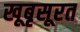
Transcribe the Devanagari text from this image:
खूबृसूरत